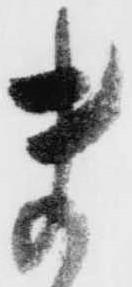
ま